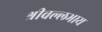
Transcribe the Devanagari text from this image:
श्रीवल्लभाय